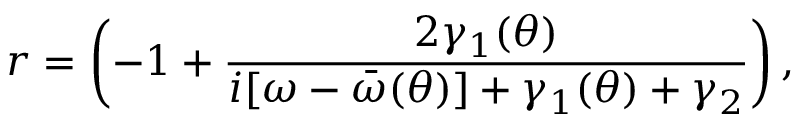
r = \left( - 1 + \frac { 2 \gamma _ { 1 } ( \theta ) } { i [ \omega - \bar { \omega } ( \theta ) ] + \gamma _ { 1 } ( \theta ) + \gamma _ { 2 } } \right) ,